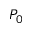
P _ { 0 }